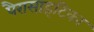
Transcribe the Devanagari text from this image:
पैरासाइटिका